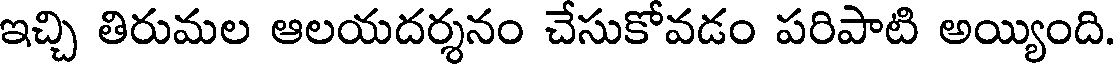
ఇచ్చి తిరుమల ఆలయదర్శనం చేసుకోవడం పరిపాటి అయ్యింది